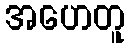
အဟေတူ